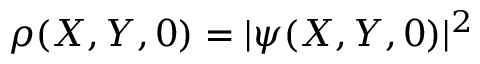
\rho ( X , Y , 0 ) = | \psi ( X , Y , 0 ) | ^ { 2 }